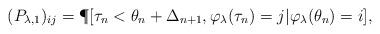
LaTeX: \begin{align*} (P_{\lambda,1})_{ij} = \P[\tau_n < \theta_n + \Delta_{n+1}, \varphi_\lambda(\tau_n) = j| \varphi_\lambda(\theta_n)=i], \end{align*}